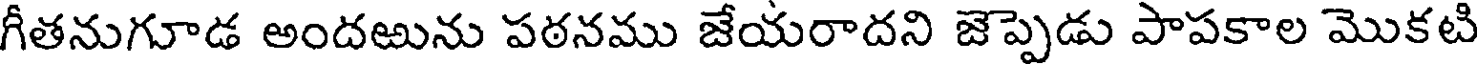
గీతనుగూడ అందఱును పఠనము జేయరాదని జెప్పెడు పాపకాల మొకటి